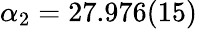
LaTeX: \alpha_{2}=27.976(15)